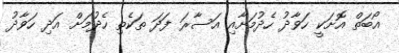
އޯބަތް އޮށަކީ ހަވާދު ހެދުމަށާއި އަސާރަ ފަދަ ތަކެތި ހެދުމަށް އަދި ހަވާދު